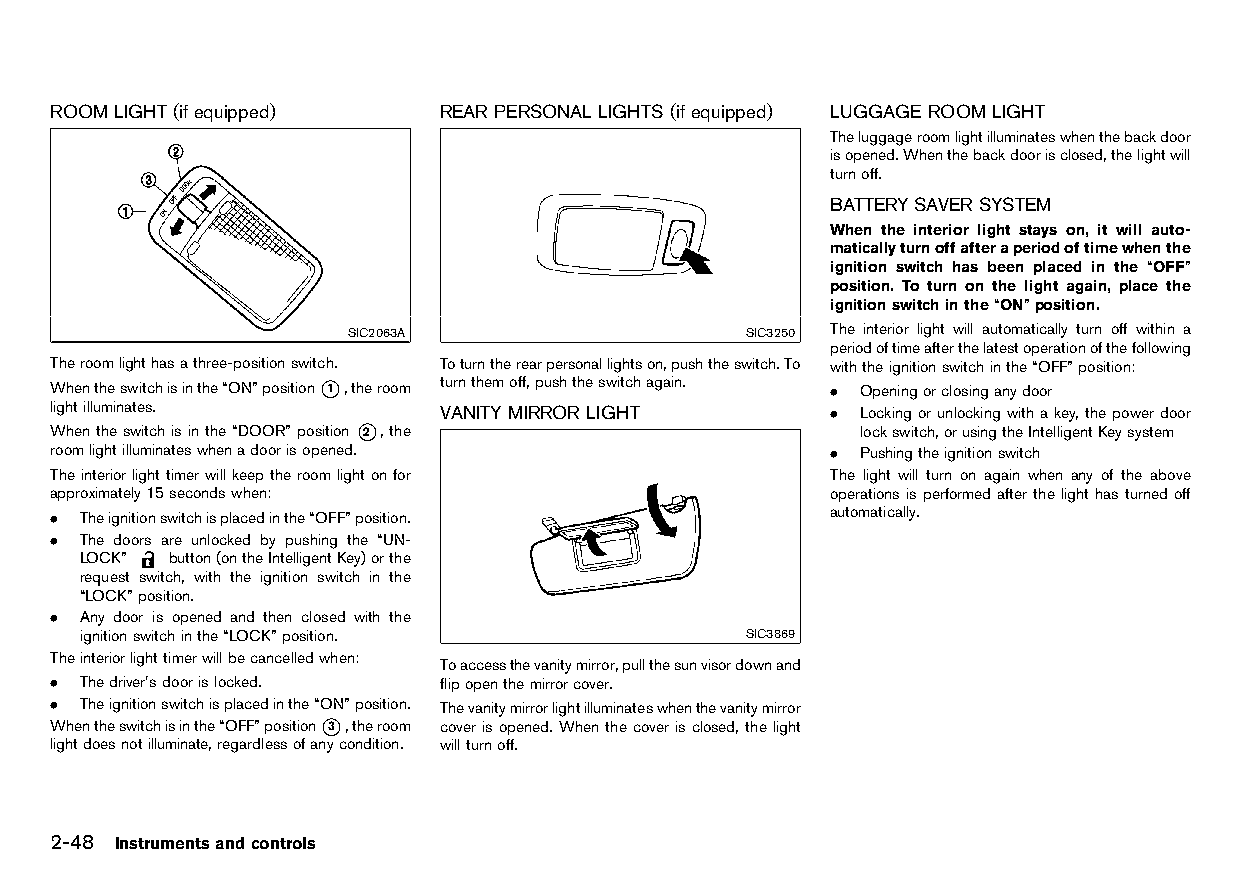
(108,1)
 ROOM LIGHT(if equipped)   REARPERSONAL LIGHTS (if equipped) LUGGAGE ROOMLIGHT
 HT32A1-4A1897F6-1FD4-45F4-94D1-2917001B299E HT32A1-E33A0418-71E4-4783-8776-95BDD8E0633C HT32A1-B967DCD8-A40C-4BBC-9740-0F3A54FAB83F
 Theluggageroomlightilluminateswhenthebackdoor
 isopened.Whenthebackdoorisclosed,thelightwill
 turnoff.
 BATTERYSAVERSYSTEM
 HT32A1-2EE0927A-B246-4DC2-A9F2-1E86EFF57FE0
 When the interior light stays on, it will auto-
 maticallyturnoffafteraperiodoftimewhenthe
 ignition switch has been placed in the “OFF”
 position. To turn on the light again, place the
 ignitionswitchinthe“ON”position.
 SIC2063A                  SIC3250 The interior light will automatically turn off within a
 periodoftimeafterthelatestoperationofthefollowing
 Theroomlighthasathree-positionswitch. Toturntherearpersonallightson,pushtheswitch.To withtheignitionswitchinthe“OFF”position:
 Whentheswitchisinthe“ON”position*1 ,theroom turnthemoff,pushtheswitchagain. . Openingorclosinganydoor
 lightilluminates.         VANITYMIRROR LIGHT        . Locking orunlocking withakey,thepowerdoor
 Whentheswitchisinthe“DOOR”position*2 ,the HT32A1-60D8B568-1434-44D8-97EC-1FD013843CF8 lockswitch,orusingtheIntelligentKeysystem
 roomlightilluminateswhenadoorisopened.              . Pushingtheignitionswitch
 Theinteriorlighttimerwillkeeptheroomlightonfor      The light will turn on again when any of the above
 approximately15secondswhen:                         operations is performed after the light has turned off
 . Theignitionswitchisplacedinthe“OFF”position.      automatically.
 . The doors are unlocked by pushing the “UN-
 LOCK” button(ontheIntelligentKey)orthe
 request switch, with the ignition switch in the
 “LOCK”position.
 . Any door is opened and then closed with the
 ignitionswitchinthe“LOCK”position.          SIC3869
 Theinteriorlighttimerwillbecancelledwhen:
 Toaccessthevanitymirror,pullthesunvisordownand
 . Thedriver’sdoorislocked. flipopenthemirrorcover.
 . Theignitionswitchisplacedinthe“ON”position. Thevanitymirrorlightilluminateswhenthevanitymirror
 Whentheswitchisinthe“OFF”position*3 ,theroom coverisopened.When thecoverisclosed,thelight
 lightdoesnotilluminate,regardlessofanycondition. willturnoff.
 2-48 Instrumentsandcontrols
 Condition:                        [Edit:2015/8/24 Model: HT32-A]